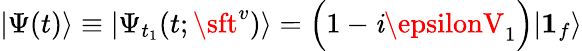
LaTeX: |\Psi(t)\rangle\equiv|\Psi_{t_{1}}(t;{\sft^{v}})\rangle=\Bigl(1-\mathit{i}\epsilonV_{1}\Bigr)|{\boldsymbol1}_{f}\rangle